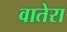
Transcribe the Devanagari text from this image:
वातेरा